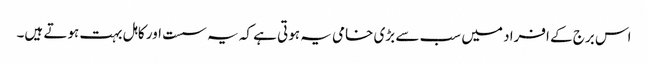
اس برج کے افراد میں سب سے بڑی خامی یہ ہوتی ہے کہ یہ سست اور کاہل بہت ہوتے ہیں۔